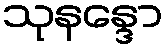
သုနန္ဒော